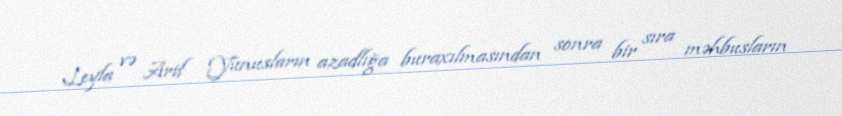
Leyla və Arif Yunusların azadlığa buraxılmasından sonra bir sıra məhbusların